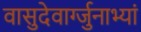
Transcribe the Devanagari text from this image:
वासुदेवार्ग्जुनाभ्यां